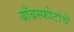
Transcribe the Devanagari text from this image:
बाँबस्फोटांचे